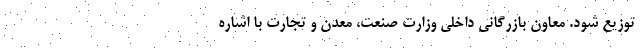
توزیع شود. معاون بازرگانی داخلی وزارت صنعت، معدن و تجارت با اشاره